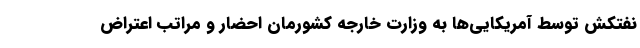
نفتکش توسط آمریکایی‌ها به وزارت خارجه کشورمان احضار و مراتب اعتراض